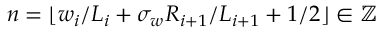
n = \lfloor w _ { i } / L _ { i } + \sigma _ { w } R _ { i + 1 } / L _ { i + 1 } + 1 / 2 \rfloor \in \mathbb { Z }